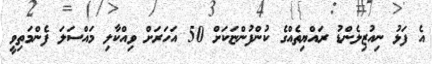
އެ ފަޅު ނިއުޒިލެންޑު ރައްޔިތެއްގެ ކުންފުންޏަކަށް 50 އަހަރަށް ވިއްކާލި މައްސަލަ ފެންމަތިވީ